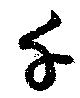
千